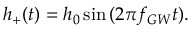
h _ { + } ( t ) = h _ { 0 } \sin { ( 2 \pi f _ { G W } t ) } .